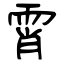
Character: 霄